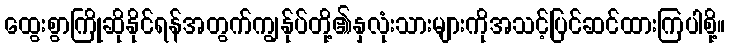
ထွေးစွာကြိုဆိုနိုင်ရန်အတွက်ကျွန်ုပ်တို့၏နှလုံးသားများကိုအသင့်ပြင်ဆင်ထားကြပါစို့။